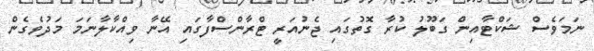
ނަމަވެސް ޝަކްޓާއިން ގަބޫލު ކުރާ ގޮތުގައި ޖެނުއަރީ ޓްރާންސްފާގައި އޭނާ ވިއްކާލާނަމަ މަދުވެގެން